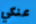
عنكي